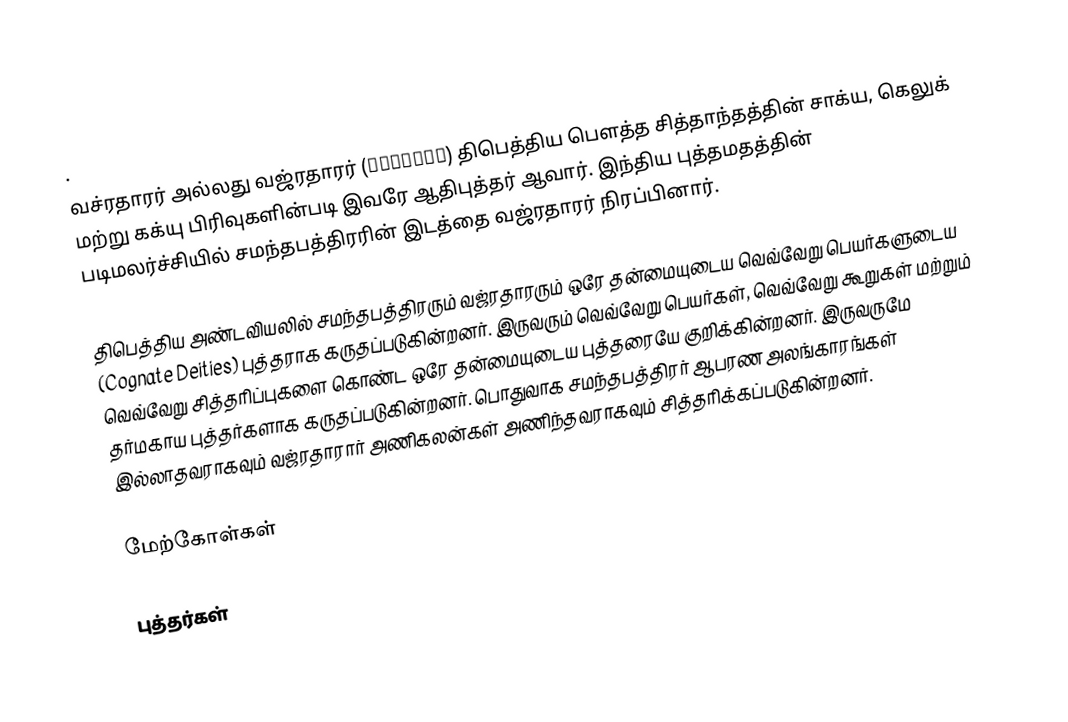
.
வச்ரதாரர் அல்லது வஜ்ரதாரர் (वज्रधार) திபெத்திய பௌத்த சித்தாந்தத்தின் சாக்ய, கெலுக் மற்று கக்யு பிரிவுகளின்படி இவரே ஆதிபுத்தர் ஆவார். இந்திய புத்தமதத்தின் படிமலர்ச்சியில் சமந்தபத்திரரின் இடத்தை வஜ்ரதாரர் நிரப்பினார்.

திபெத்திய அண்டவியலில் சமந்தபத்திரரும் வஜ்ரதாரரும் ஒரே தன்மையுடைய வெவ்வேறு பெயர்களுடைய (Cognate Deities) புத்தராக கருதப்படுகின்றனர்.  இருவரும் வெவ்வேறு பெயர்கள், வெவ்வேறு கூறுகள் மற்றும் வெவ்வேறு சித்தரிப்புகளை கொண்ட ஒரே தன்மையுடைய புத்தரையே குறிக்கின்றனர். இருவருமே தர்மகாய புத்தர்களாக கருதப்படுகின்றனர். பொதுவாக சமந்தபத்திரர் ஆபரண அலங்காரங்கள் இல்லாதவராகவும் வஜ்ரதாரார்  அணிகலன்கள் அணிந்தவராகவும் சித்தரிக்கப்படுகின்றனர்.

மேற்கோள்கள்

புத்தர்கள்